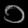
Digit: ၁